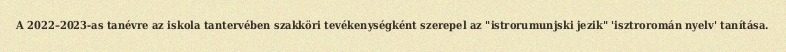
A 2022–2023-as tanévre az iskola tantervében szakköri tevékenységként szerepel az "istrorumunjski jezik" 'isztroromán nyelv' tanítása.